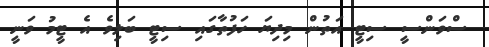
ސްވަންސީ ސިޓީ އަތުން މިދިޔަ ހަފުތާގައި ސިޓީ ބަލިވެ އެ ޓީމު ވަނީ